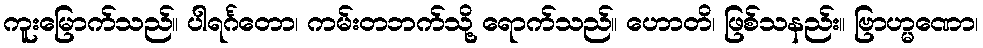
ကူးမြောက်သည်။ ပါရင်္ဂတော၊ ကမ်းတဘက်သို့ ရောက်သည်။ ဟောတိ၊ ဖြစ်သနည်း။ ဗြာဟ္မဏော၊